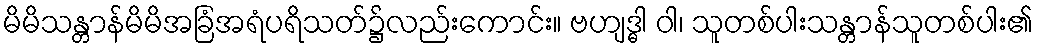
မိမိသန္တာန်မိမိအခြံအရံပရိသတ်၌လည်းကောင်း။ ဗဟျဒ္ဓါ ဝါ၊ သူတစ်ပါးသန္တာန်သူတစ်ပါး၏